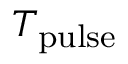
T _ { \mathrm { p u l s e } }